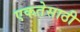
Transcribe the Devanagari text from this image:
एकतेसाठी